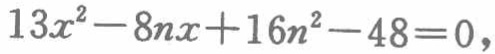
\(13x^{2}-8nx + 16n^{2}-48 = 0\)